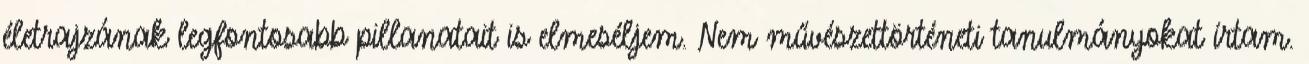
életrajzának legfontosabb pillanatait is elmeséljem. Nem művészettörténeti tanulmányokat írtam.